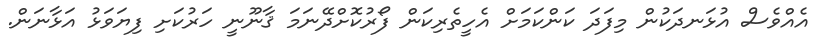
އެއްވެސް އުޅަނދަކުން މިފަދަ ކަންކަމަށް އެހީތެރިކަން ފޯރުކޮށްދޭނަމަ ޤާނޫނީ ހަރުކަށި ފިޔަވަޅު އަޅާނަން.